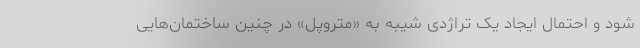
شود و احتمال ایجاد یک تراژدی شیبه به «متروپل» در چنین ساختمان‌هایی